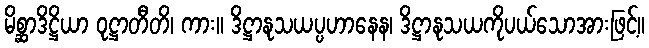
မိစ္ဆာဒိဋ္ဌိယာ ဝုဋ္ဌာတီတိ၊ ကား။ ဒိဋ္ဌာနုသယပ္ပဟာနေန၊ ဒိဋ္ဌာနုသယကိုပယ်သောအားဖြင့်။